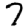
Digit: 7